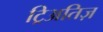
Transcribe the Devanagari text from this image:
ट्रिअतिज़